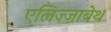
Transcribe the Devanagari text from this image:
एलिज़्ज़ाबेथ